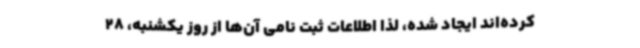
کرده‌اند ایجاد شده، لذا اطلاعات ثبت نامی آن‌ها از روز یکشنبه، 28